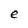
Character: e